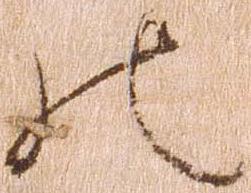
の